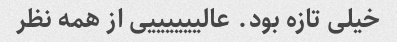
خیلی تازه بود. عالییییییی از همه نظر